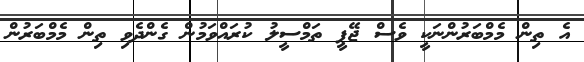
އެ ތިން މެމްބަރުންނަކީ ވެސް ޖޭޕީ ތަމްސީލު ކުރައްވަމުން ގެންދެވި ތިން މެމްބަރުން